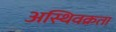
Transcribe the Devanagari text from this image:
अस्थिवक्रता